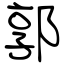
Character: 郭